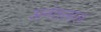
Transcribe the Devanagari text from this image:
अनंतलाल